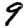
Digit: 9